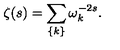
\zeta ( s ) = \sum _ { \{ k \} } \omega _ { k } ^ { - 2 s } .